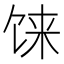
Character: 𩠄